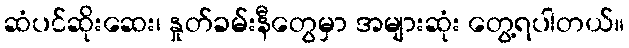
ဆံပင်ဆိုးဆေး၊ နှုတ်ခမ်းနီတွေမှာ အများဆုံး တွေ့ရပါတယ်။